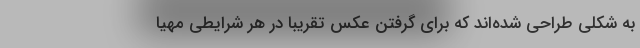
به شکلی طراحی شده‌اند که برای گرفتن عکس تقریبا در هر شرایطی مهیا